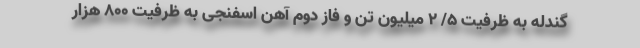
گندله به ظرفیت ۵/ ۲ میلیون تن و فاز دوم آهن اسفنجی به ظرفیت ۸۰۰ هزار